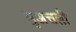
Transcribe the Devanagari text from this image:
मुअत्तली